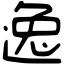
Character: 逸